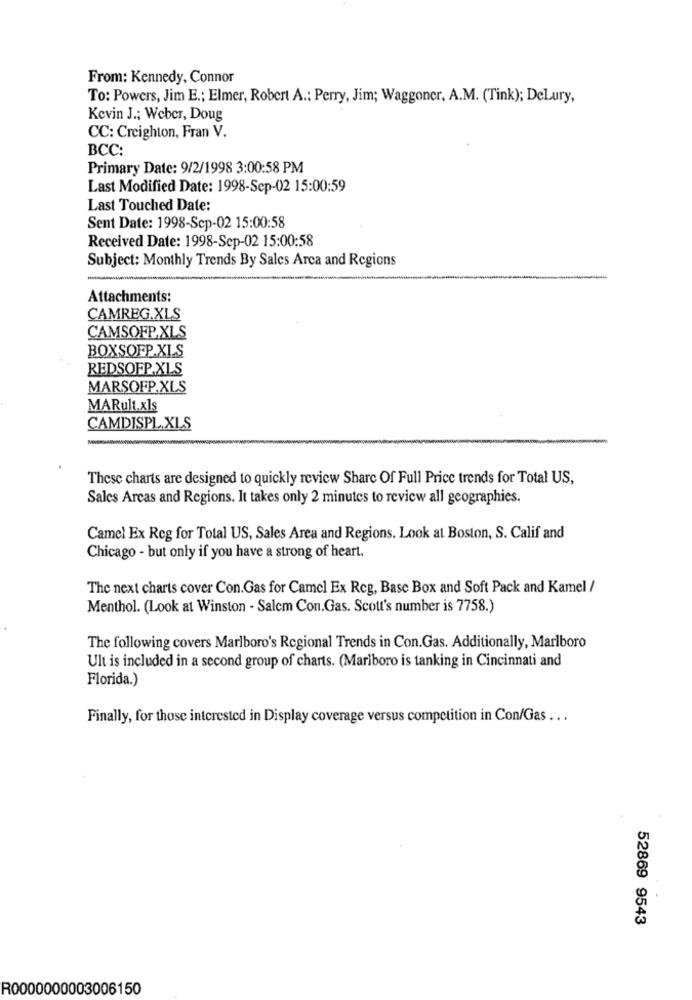
From: Kennedy, Connor
To: Powers, Jim E .; Elmer, Robert A .: Perry, Jim; Waggoner, A.M. (Tink); Delury,
Kevin J .; Weber, Doug
CC: Creighton, Fran V.
BCC:
Primary Date: 9/2/1998 3:00:58 PM
Last Modified Date: 1998-Sep-02 15:00:59
Last Touched Date:
Sent Date: 1998-Sep-02 15:00:58
Received Date: 1998-Sep-02 15:00:58
Subject: Monthly Trends By Sales Arca and Regions
Attachments:
CAMREG.XLS
CAMSOFP.XLS
BOXSOFP.XLS
REDSOFP.XLS
MARSOFP.XLS
MARult.xls
CAMDISPL.XLS
These charts are designed to quickly review Share Of Full Price trends for Total US,
Sales Arcas and Regions. It takes only 2 minutes to review all geographies.
Camel Ex Reg for Total US, Sales Area and Regions. Look at Boston, S. Calif and
Chicago - but only if you have a strong of heart.
The next charts cover Con.Gas for Camel Ex Reg, Base Box and Soft Pack and Kamel /
Menthol. (Look at Winston - Salem Con.Gas. Scott's number is 7758.)
The following covers Marlboro's Regional Trends in Con.Gas. Additionally, Marlboro
Ult is included in a second group of charts. (Marlboro is tanking in Cincinnati and
Florida.)
Finally, for those interested in Display coverage versus competition in Con/Gas ...
52869 9543
R0000000003006150